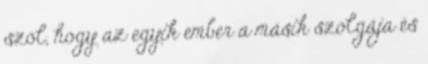
szól, hogy az egyik ember a másik szolgája és